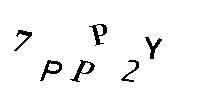
7PPP2Y